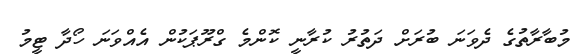
މުބާރާތުގެ ދެވަނަ ބުރަށް ދަތުރު ކުރާނީ ކޮންމެ ގްރޫޕަކުން އެއްވަނަ ހޯދާ ޓީމު